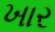
ખાર